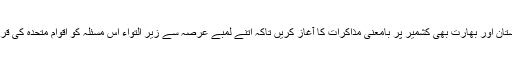
انہوں نے کہا کہ اب وقت ہے کہ پاکستان اور بھارت بھی کشمیر پر بامعنی مذاکرات کا آغاز کریں تاکہ اتنے لمبے عرصہ سے زیر التواء اس مسئلہ کو اقوام متحدہ کی قراردادوں کے مطابق حل کیا جا سکے۔